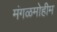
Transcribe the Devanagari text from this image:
मंगळमोहीम